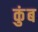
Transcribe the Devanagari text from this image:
कुंब